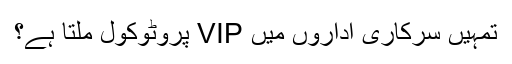
تمہیں سرکاری اداروں میں VIP پروٹوکول ملتا ہے؟